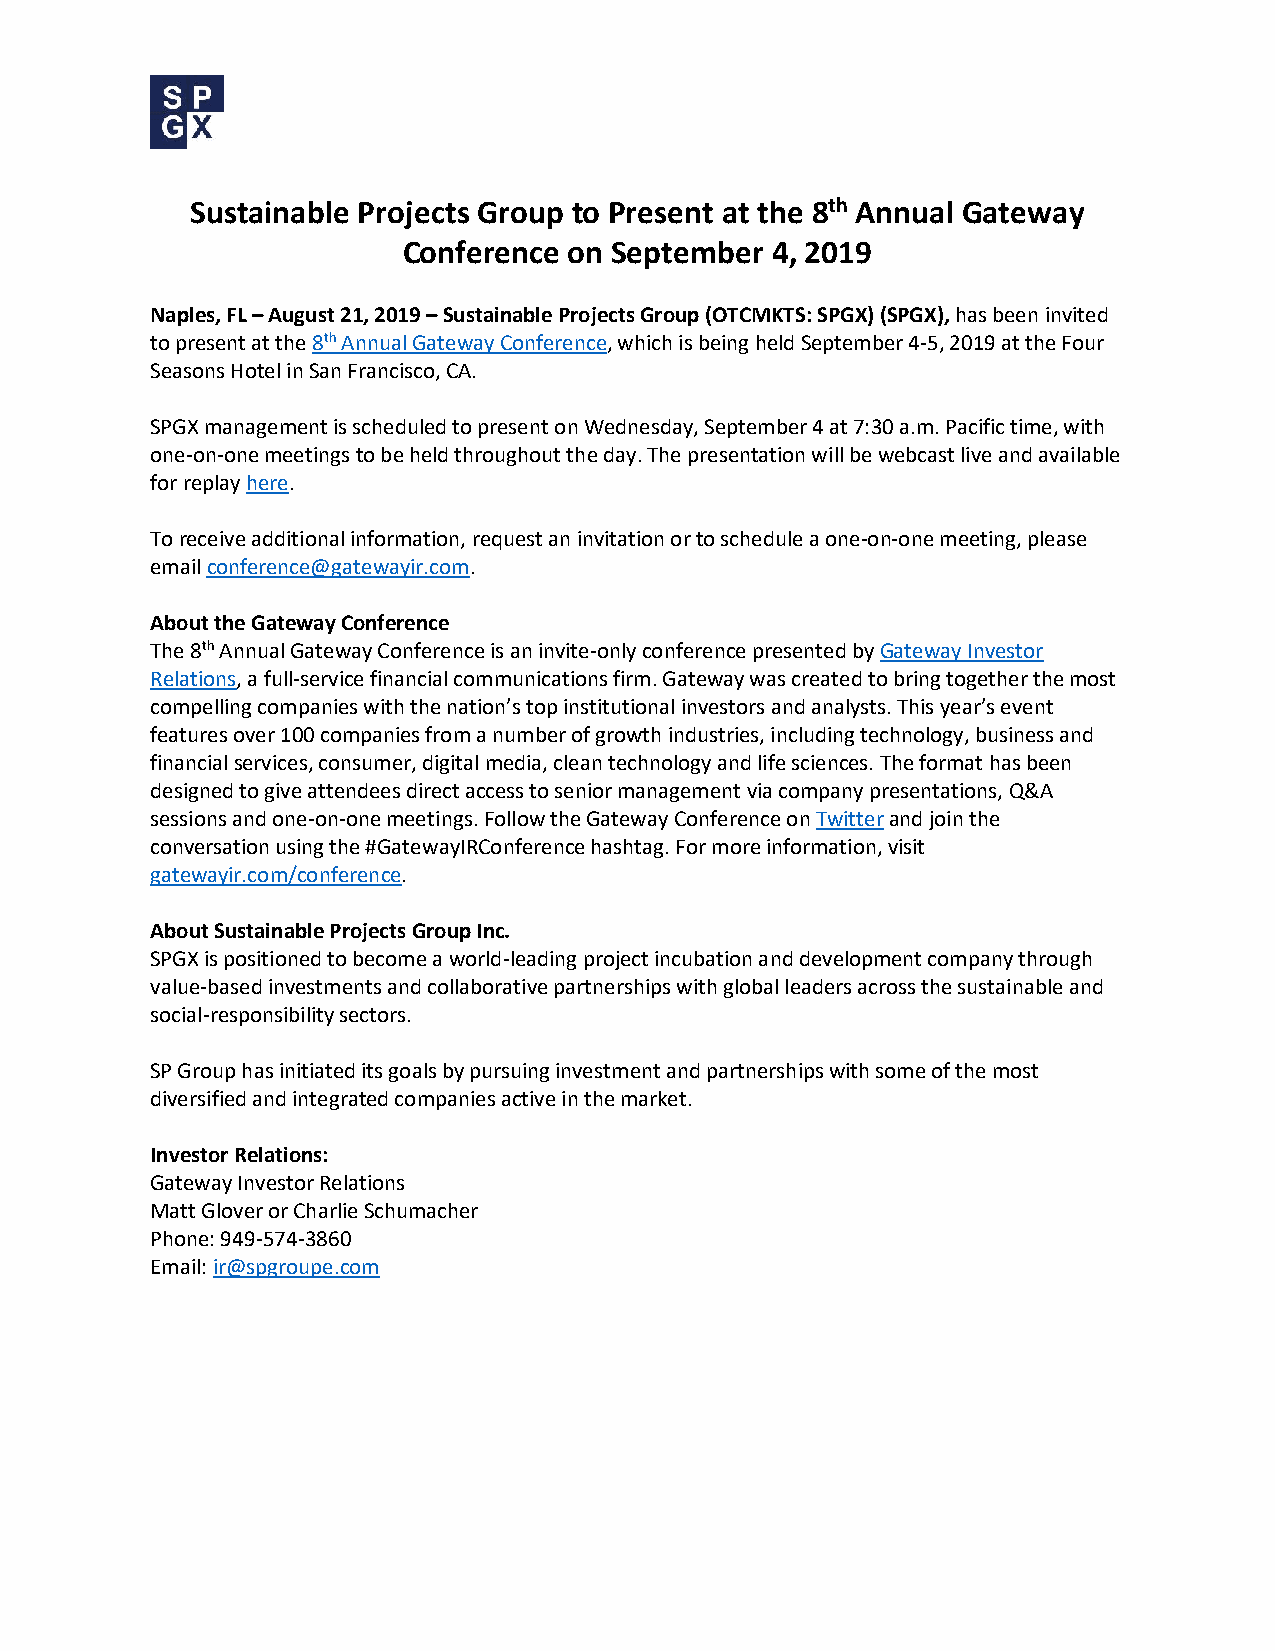
Sustainable Projects Group to Present at the 8th Annual Gateway
 Conference on September 4, 2019
 Naples, FL – August 21, 2019 – Sustainable Projects Group (OTCMKTS: SPGX) (SPGX), has been invited
 to present at the 8th Annual Gateway Conference, which is being held September 4-5, 2019 at the Four
 Seasons Hotel in San Francisco, CA.
 SPGX management is scheduled to present on Wednesday, September 4 at 7:30 a.m. Pacific time, with
 one-on-one meetings to be held throughout the day. The presentation will be webcast live and available
 for replay here.
 To receive additional information, request an invitation or to schedule a one-on-one meeting, please
 email conference@gatewayir.com.
 About the Gateway Conference
 The 8th Annual Gateway Conference is an invite-only conference presented by Gateway Investor
 Relations, a full-service financial communications firm. Gateway was created to bring together the most
 compelling companies with the nation’s top institutional investors and analysts. This year’s event
 features over 100 companies from a number of growth industries, including technology, business and
 financial services, consumer, digital media, clean technology and life sciences. The format has been
 designed to give attendees direct access to senior management via company presentations, Q&A
 sessions and one-on-one meetings. Follow the Gateway Conference on Twitter and join the
 conversation using the #GatewayIRConference hashtag. For more information, visit
 gatewayir.com/conference.
 About Sustainable Projects Group Inc.
 SPGX is positioned to become a world-leading project incubation and development company through
 value-based investments and collaborative partnerships with global leaders across the sustainable and
 social-responsibility sectors.
 SP Group has initiated its goals by pursuing investment and partnerships with some of the most
 diversified and integrated companies active in the market.
 Investor Relations:
 Gateway Investor Relations
 Matt Glover or Charlie Schumacher
 Phone: 949-574-3860
 Email: ir@spgroupe.com